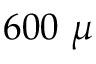
6 0 0 ~ \mu